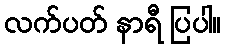
လက်ပတ် နာရီ ပြပါ။